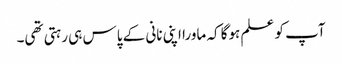
آپ کو علم ہوگا کہ ماورا اپنی نانی کے پاس ہی رہتی تھی۔